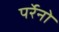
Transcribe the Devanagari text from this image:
पर्रेनो